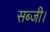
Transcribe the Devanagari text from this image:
सब्जी।